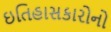
ઇતિહાસકારોનો